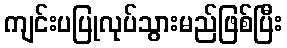
ကျင်းပပြုလုပ်သွားမည်ဖြစ်ပြီး